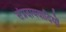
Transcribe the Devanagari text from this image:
संप्रदायवादियों